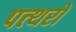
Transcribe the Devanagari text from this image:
पत्त्थरों